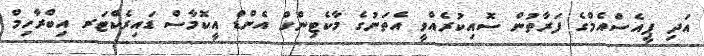
އަދި ޕީއެސްއެމްގެ ފަރާތުން ސޮއިކުރެއްވީ އެތަނުގެ މާކެޓިންގް އެންޑް އީކޮމާސް ޑައިރެކްޓަރ އިބްރާހިމް